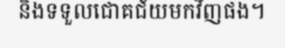
និងទទួលជោគជ័យមកវិញផង។